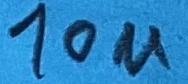
Text: 10u